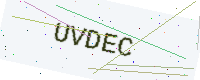
Text: UVDEC